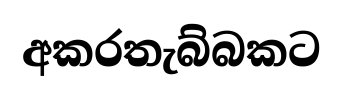
අකරතැබ්බකට